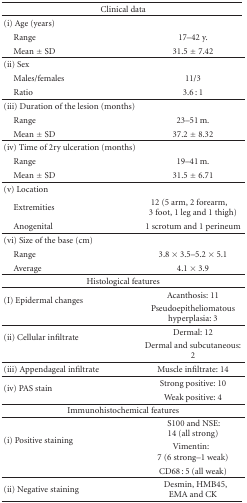
| <COLSPAN=2> Clinical data |
 | --- | --- |
 | (i) Age (years) |  |
 | Range | 17–42 y. |
 | Mean ± SD | 31.5 ± 7.42 |
 | (ii) Sex |  |
 | Males/females | 11/3 |
 | Ratio | 3.6 : 1 |
 | (iii) Duration of the lesion (months) |  |
 | Range | 23–51 m. |
 | Mean ± SD | 37.2 ± 8.32 |
 | (iv) Time of 2ry ulceration (months) |  |
 | Range | 19–41 m. |
 | Mean ± SD | 31.5 ± 6.71 |
 | (v) Location |  |
 | Extremities | 12 (5 arm, 2 forearm, 3 foot, 1 leg and 1 thigh) |
 | Anogenital | 1 scrotum and 1 perineum |
 | (vi) Size of the base (cm) |  |
 | Range | 3.8 × 3.5–5.2 × 5.1 |
 | Average | 4.1 × 3.9 |
 | <COLSPAN=2> Histological features |
 | <ROWSPAN=2> (I) Epidermal changes | Acanthosis: 11 |
 | Pseudoepitheliomatous hyperplasia: 3 |
 | <ROWSPAN=2> (ii) Cellular infiltrate | Dermal: 12 |
 | Dermal and subcutaneous: 2 |
 | (iii) Appendageal infiltrate | Muscle infiltrate: 14 |
 | <ROWSPAN=2> (iv) PAS stain | Strong positive: 10 |
 | Weak positive: 4 |
 | <COLSPAN=2> Immunohistochemical features |
 | <ROWSPAN=3> (i) Positive staining | S100 and NSE: 14 (all strong) |
 | Vimentin: 7 (6 strong–1 weak) |
 | CD68 : 5 (all weak) |
 | (ii) Negative staining | Desmin, HMB45, EMA and CK |